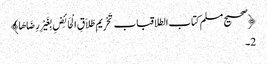
﴿صحیح مسلم کتاب الطلاقباب تَحْرِیمِ طَلاَقِ الْحَائِضِ بِغَیْرِ رِضَاهَا﴾
2۔